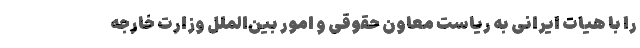
را با هیات ایرانی به ریاست معاون حقوقی و امور بین‌الملل وزارت خارجه